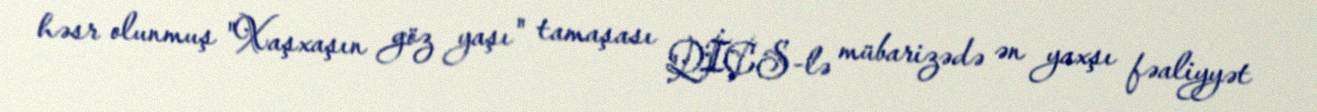
həsr olunmuş "Xaşxaşın göz yaşı" tamaşası QİÇS-lə mübarizədə ən yaxşı fəaliyyət